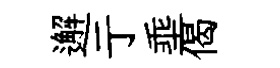
邂亍埀偈